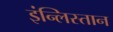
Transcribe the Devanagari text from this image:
इंन्लिस्तान